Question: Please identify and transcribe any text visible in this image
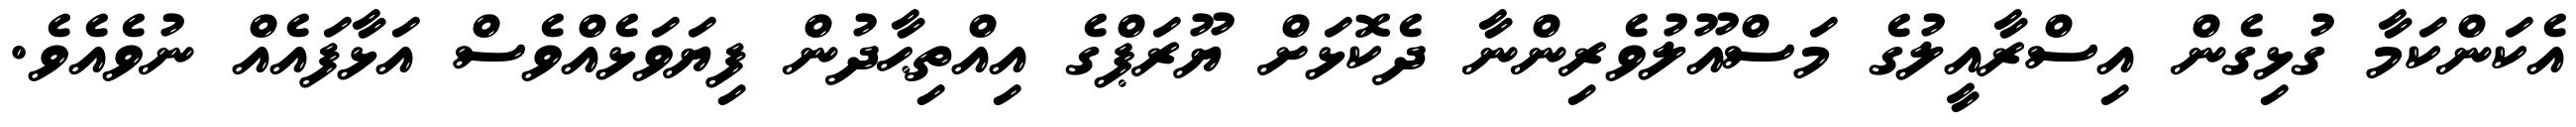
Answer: އެކަންކަމާ ގުޅިގެން އިސްރާއީލުގެ މަސްއޫލުވެރިންނާ ދެކޮޅަށް ޔޫރަޕްގެ އިއްތިޙާދުން ފިޔަވަޅެއްވެސް އަޅާފައެއް ނުވެއެވެ.